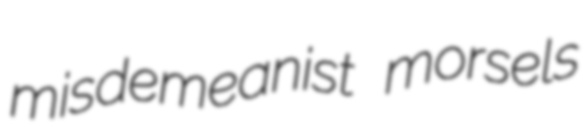
misdemeanist morsels